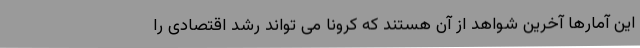
این آمارها آخرین شواهد از آن هستند که کرونا می تواند رشد اقتصادی را